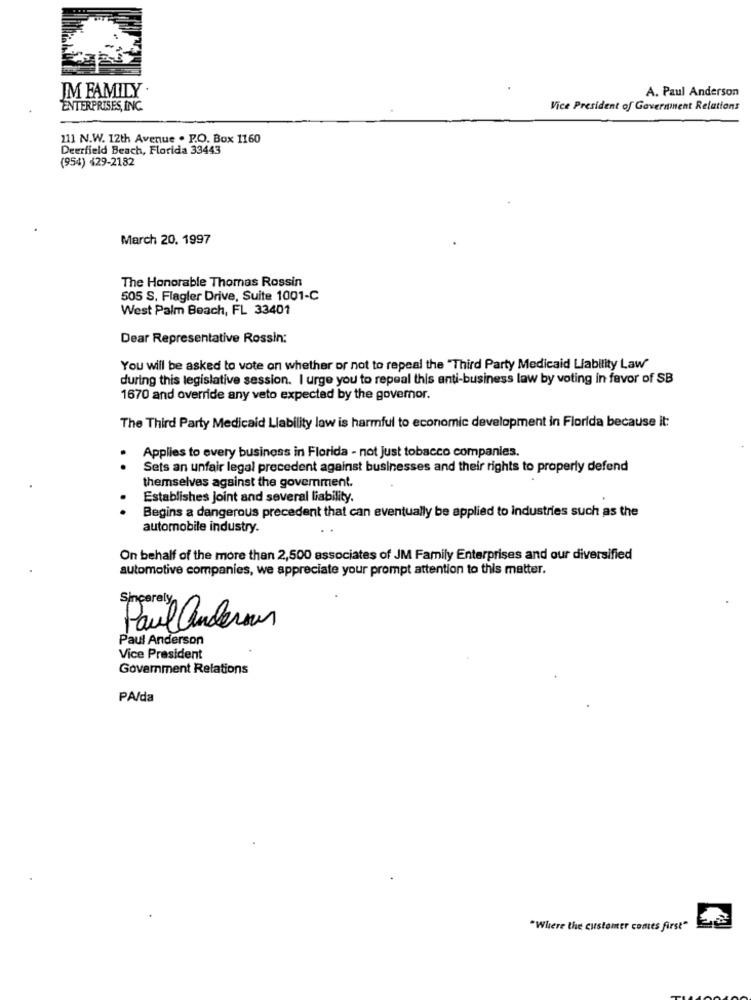
IM FAMILY .
A. Paul Anderson
ENTERPRISES, INC.
Vice President of Government Relations
211 N.W. 12th Avenue . P.O. Box 1160
Deerfield Beach, Florida 33443
(954) 429-2182
March 20. 1997
The Honorable Thomas Rossin
505 S, Flagler Drive, Suite 1001-C
West Palm Beach, FL 33401
Dear Representative Rossin:
You will be asked to vote on whether or not to repeal the "Third Party Medicaid Liability Law"
during this legislative session. I urge you to repeal this anti-business law by voting in favor of SB
1670 and override any veto expected by the governor.
The Third Party Medicaid Liability low is harmful to economic development in Florida because it:
Applies to every business in Florida - not Just tobacco companies.
. .
Sets an unfair legal precedent against businesses and their rights to properly defend
themselves against the government.
Establishes Joint and several liability.
Begins a dangerous precedent that can eventually be applied to industries such as the
automobile industry.
On behalf of the more than 2,500 associates of JM Family Enterprises and our diversified
automotive companies, we appreciate your prompt attention to this matter.
Sinperal
Paul anderour
Paul Anderson
Vice President
Government Relations
PA/da
"Where the customer comes first"